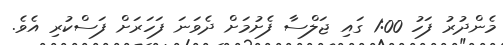
މެންދުރު ފަހު 1:00 ގައި ޖަލްސާ ފެށުމަށް ދެވަނަ ފަހަރަށް ފަސްކުރި އެވެ.